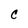
Character: C